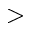
>